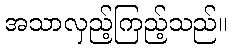
အသာလှည့်ကြည့်သည်။